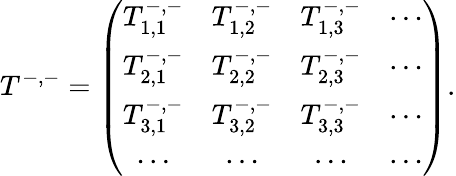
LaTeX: T^{-,-}=\left(\begin{array}{ccccc}{T_{1,1}^{-,-}}&{T_{1,2}^{-,-}}&{T_{1,3}^{-,-}}&{\cdots}\\ {T_{2,1}^{-,-}}&{T_{2,2}^{-,-}}&{T_{2,3}^{-,-}}&{\cdots}\\ {T_{3,1}^{-,-}}&{T_{3,2}^{-,-}}&{T_{3,3}^{-,-}}&{\cdots}\\ {\cdots}&{\cdots}&{\cdots}&{\cdots}\end{array}\right).